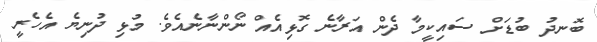
ބޮނދު ބުޑަށް ސައިކީމާ ދެން އަރާނެ ގޮޅިއެއް ނޯންނާނެއެވެ. މުޅި ދުނިޔެ އެހެރީ